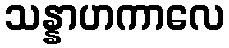
သန္နာဟကာလေ